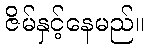
ဇိမ်နှင့်နေမည်။